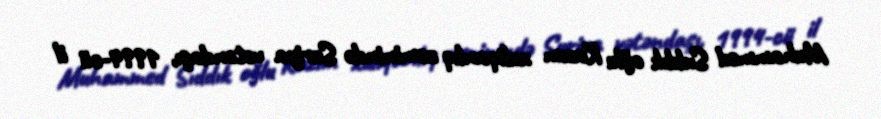
Muhammed Sıddık oğlu Kazım xuliqanlıq zəminində Suriya vətəndaşı, 1994-cü il